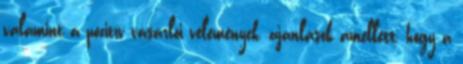
valamint a pozitív vásárlói vélemények, ajánlások amellett, hogy a